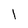
Character: 1